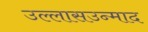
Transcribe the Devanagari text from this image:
उल्लासउन्माद